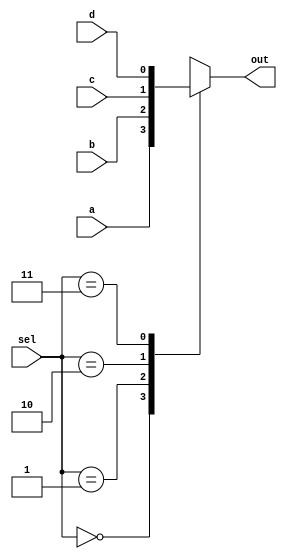
module mux_4to1_b (
    input a,b,c,d, input [1:0]sel,
    output reg out
);
    
always@(*)begin
    case (sel)
       2'b00 : out=a;
       2'b01 : out=b;
       2'b10 : out=c;
       2'b11 : out=d;
        default: out=1'bz;
    endcase
end
endmodule